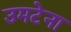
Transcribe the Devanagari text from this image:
उमटेना